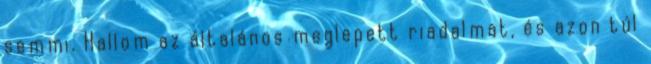
semmi. Hallom az általános meglepett riadalmat, és azon túl